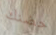
حضنك